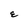
Character: E